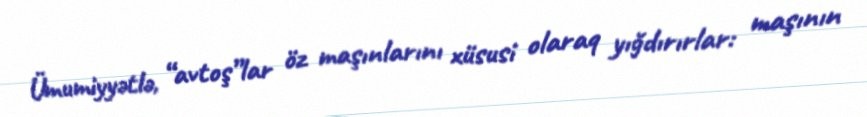
Ümumiyyətlə, “avtoş”lar öz maşınlarını xüsusi olaraq yığdırırlar: maşının